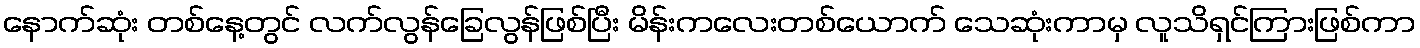
နောက်ဆုံး တစ်နေ့တွင် လက်လွန်ခြေလွန်ဖြစ်ပြီး မိန်းကလေးတစ်ယောက် သေဆုံးကာမှ လူသိရှင်ကြားဖြစ်ကာ